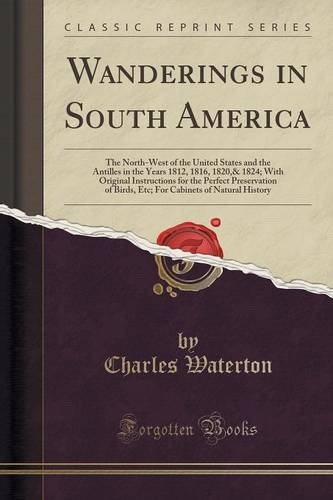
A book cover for Wanderings in South America: The North-West of the United States and the Antilles in the Years 1812, 1816, 1820,& 1824; With Original Instructions for ... Cabinets of Natural History (Classic Reprint); Charles Waterton; History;